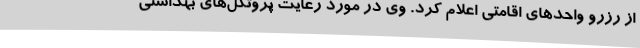
از رزرو واحدهای اقامتی اعلام کرد. وی در مورد رعایت‌ پروتکل‌های بهداشتی